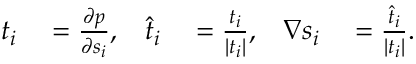
\begin{array} { r l r l r l } { t _ { i } } & { { } = \frac { \partial p } { \partial s _ { i } } , } & { \widehat { t } _ { i } } & { { } = \frac { t _ { i } } { | t _ { i } | } , } & { \nabla s _ { i } } & { { } = \frac { \widehat { t } _ { i } } { | t _ { i } | } . } \end{array}